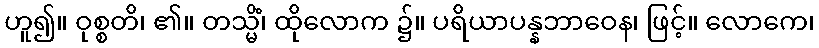
ဟူ၍။ ဝုစ္စတိ၊ ၏။ တသ္မိံ၊ ထိုလောက ၌။ ပရိယာပန္နဘာဝေန၊ ဖြင့်။ လောကေ၊